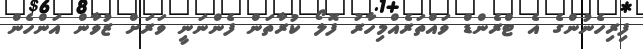
ފިރިހެނުންގެ އެ ޓްރެންޑް ވައްތަރެއްމިހާރު ފޮލޯ ކުރާތަން ފެންނަނީ ވަރަށް ޒުވާން އަންހެން